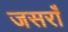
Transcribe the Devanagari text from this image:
जसराँ